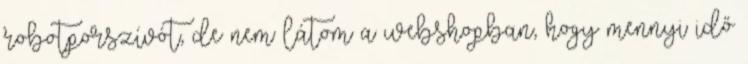
robotporszívót, de nem látom a webshopban, hogy mennyi idő